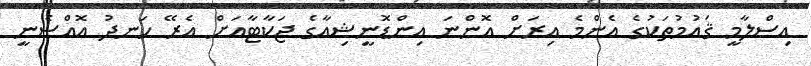
އިސްލާމީ ޤައުމުތަކުގެ އެންމެ އިރަށް އޮންނަ އިންޑޮނީޝިއާގެ ޖަކާޓާއަށް އެރޭ ހަނދު އޮއްސެނީ